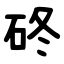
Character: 䂢